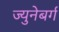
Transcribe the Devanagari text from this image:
ज्युनेबर्ग